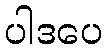
ပါဒပေ